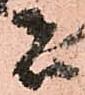
者